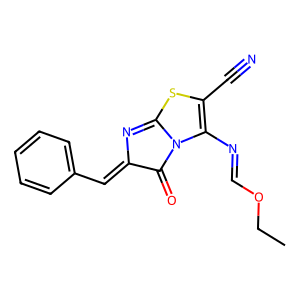
SMILES: CCOC=NC1=C(C#N)SC2=NC(=Cc3ccccc3)C(=O)N21
Inhibits HIV replication: No